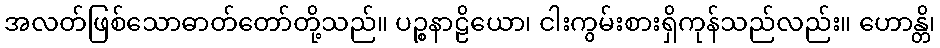
အလတ်ဖြစ်သောဓာတ်တော်တို့သည်။ ပဉ္စနာဠိယော၊ ငါးကွမ်းစားရှိကုန်သည်လည်း။ ဟောန္တိ၊